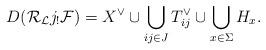
LaTeX: \begin{align*}D({\cal R}_{\cal L}j_!{\cal F})=X^\vee\cup \bigcup_{ij\in J}T_{ij}^\vee\cup \bigcup_{x\in \Sigma}H_x.\end{align*}